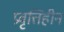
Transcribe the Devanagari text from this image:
प्रवृत्तिहीन